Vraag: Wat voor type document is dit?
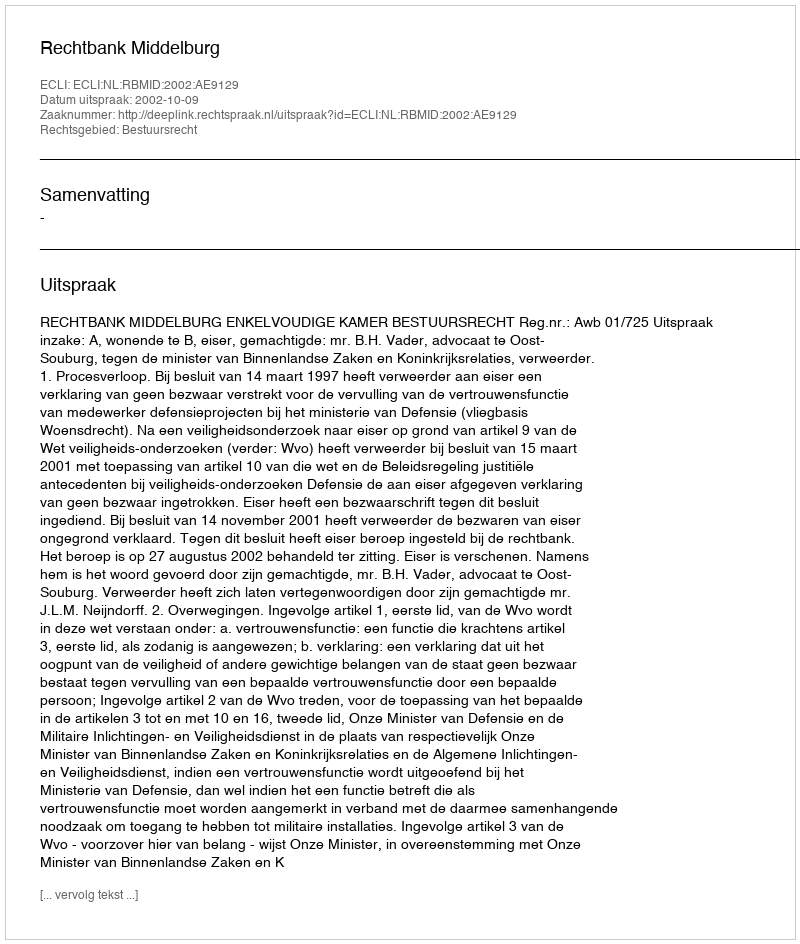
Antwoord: Uitspraak